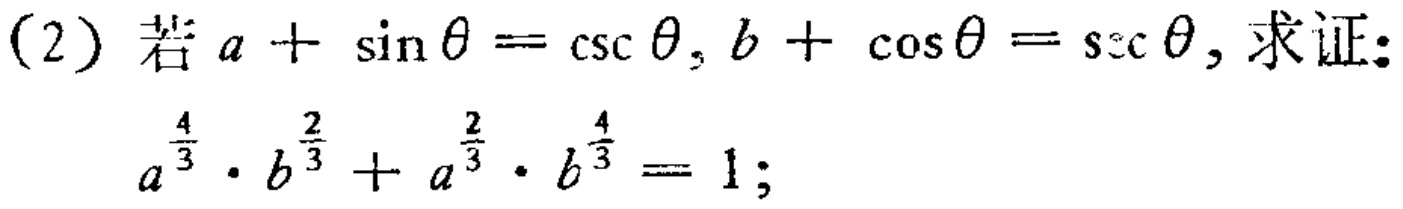
(2) 若 \(a + \sin\theta=\csc\theta, b + \cos\theta=\sec\theta\), 求证:
\[
a^{\frac{4}{3}}\cdot b^{\frac{2}{3}}+a^{\frac{2}{3}}\cdot b^{\frac{4}{3}} = 1;
\]